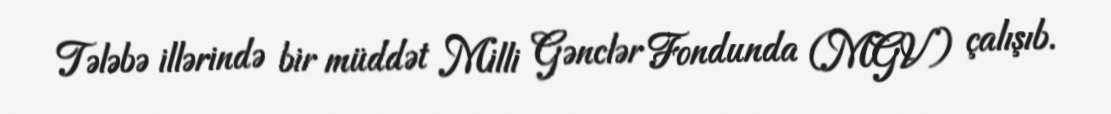
Tələbə illərində bir müddət Milli Gənclər Fondunda (MGV) çalışıb.